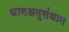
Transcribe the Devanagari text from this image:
धानअनुसंधान